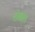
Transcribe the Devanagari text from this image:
टंबल